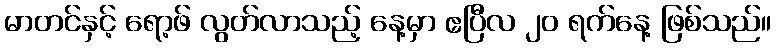
မာတင်နှင့် ရော့ဖ် လွတ်လာသည့် နေ့မှာ ဧပြီလ ၂၀ ရက်နေ့ ဖြစ်သည်။